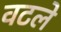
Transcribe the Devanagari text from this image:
वटले